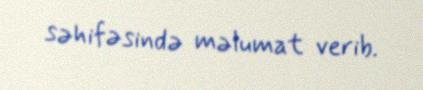
səhifəsində məlumat verib.